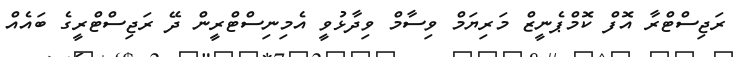
ރަޖިސްޓްރާ އޮފް ކޮމްޕެނީޒް މަރިޔަމް ވިސާމް ވިދާޅުވީ އެމިނިސްޓްރީން ދޭ ރަޖިސްޓްރީގެ ބައެއް